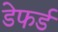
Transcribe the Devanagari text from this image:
डेफर्ड